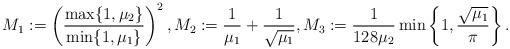
LaTeX: \begin{align*}M_{1}:=\left(\frac{\max\{1,\mu_{2}\}}{\min\{1,\mu_{1}\}}\right)^{2},M_{2}:=\frac{1}{\mu_{1}}+\frac{1}{\sqrt{\mu_{1}}},M_{3}:=\frac{1}{128\mu_{2}}\min\left\{1,\frac{\sqrt{\mu_{1}}}{\pi}\right\}.\end{align*}